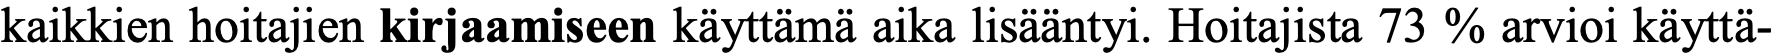
kaikkien hoitajien kirjaamiseen käyttämä aika lisääntyi. Hoitajista 73 % arvioi käyttä-